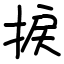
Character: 捩